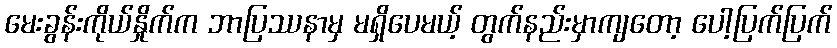
မေးခွန်းကိုယ်နှိုက်က ဘာပြဿနာမှ မရှိပေမယ့် တွက်နည်းမှာကျတော့ ပေါ့ပြက်ပြက်